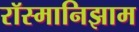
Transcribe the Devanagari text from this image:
रॉस्मानिझाम